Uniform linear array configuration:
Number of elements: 32
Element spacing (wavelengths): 0.25
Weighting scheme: blackman
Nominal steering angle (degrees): -30
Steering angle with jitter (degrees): -30.892
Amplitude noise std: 0.05
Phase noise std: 0.05

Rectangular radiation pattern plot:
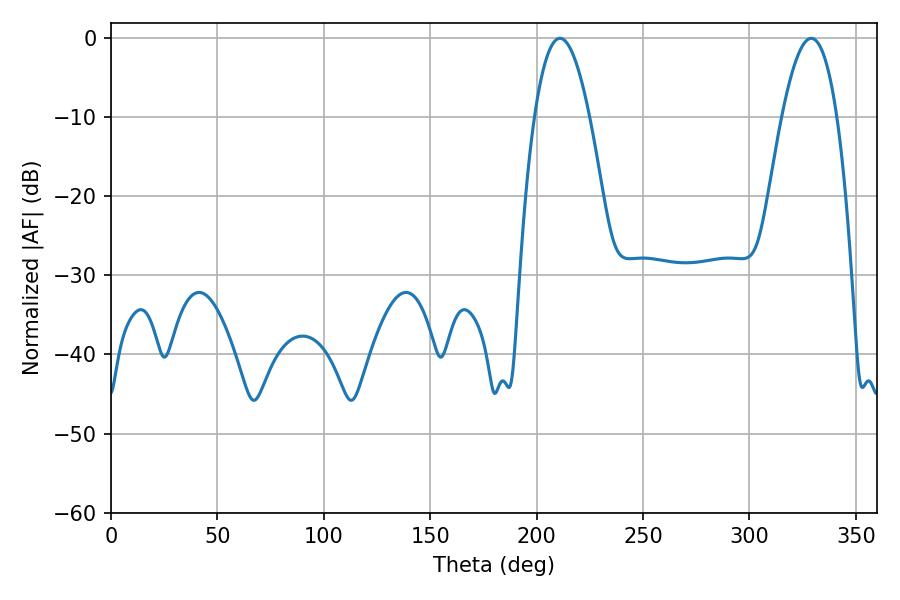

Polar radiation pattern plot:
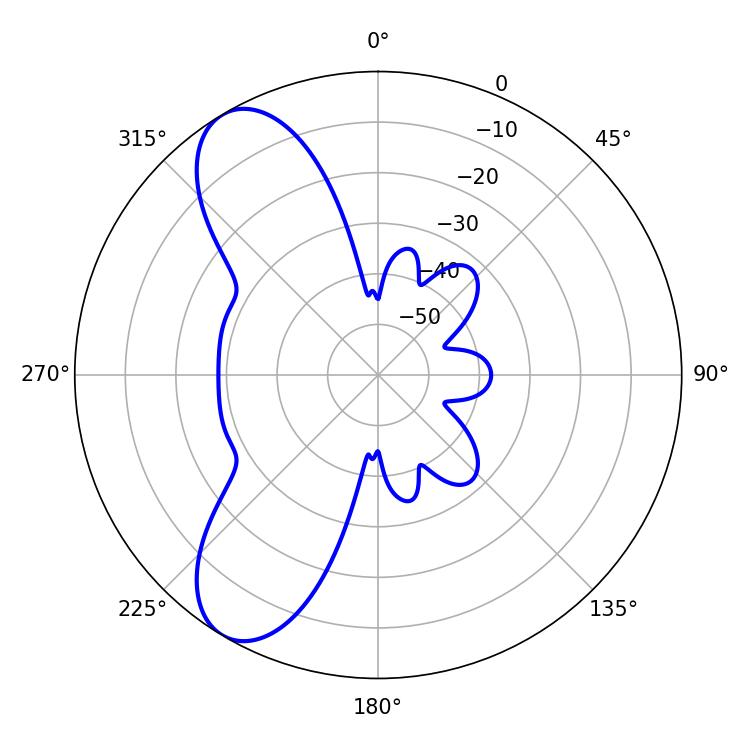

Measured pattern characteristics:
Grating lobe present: FALSE
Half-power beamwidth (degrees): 14.22
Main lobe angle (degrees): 210.96